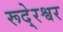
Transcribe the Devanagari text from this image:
रूदे्रश्वर